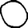
Digit: 0